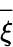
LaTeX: \overrightarrow{\xi}